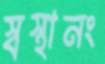
স্বস্থানং